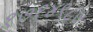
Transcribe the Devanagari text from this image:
१७१४९८७